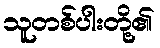
သူတစ်ပါးတို့၏